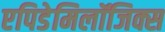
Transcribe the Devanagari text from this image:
एपिडेमिलॉजिक्स